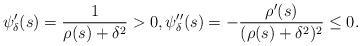
LaTeX: \begin{align*} \psi'_\delta(s)=\frac1{\rho(s) +\delta^2}>0,\psi''_\delta(s)=-\frac{\rho'(s)}{(\rho(s) +\delta^2)^2}\leq 0. \end{align*}